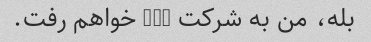
بله، من به شرکت xyz خواهم رفت.